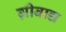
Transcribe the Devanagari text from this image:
ग्रीबाद्य